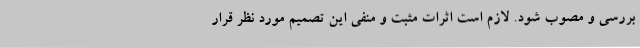
بررسی و مصوب شود. لازم است اثرات مثبت و منفی این تصمیم مورد نظر قرار